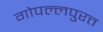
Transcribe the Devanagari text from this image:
गोपल्लपुरत्त